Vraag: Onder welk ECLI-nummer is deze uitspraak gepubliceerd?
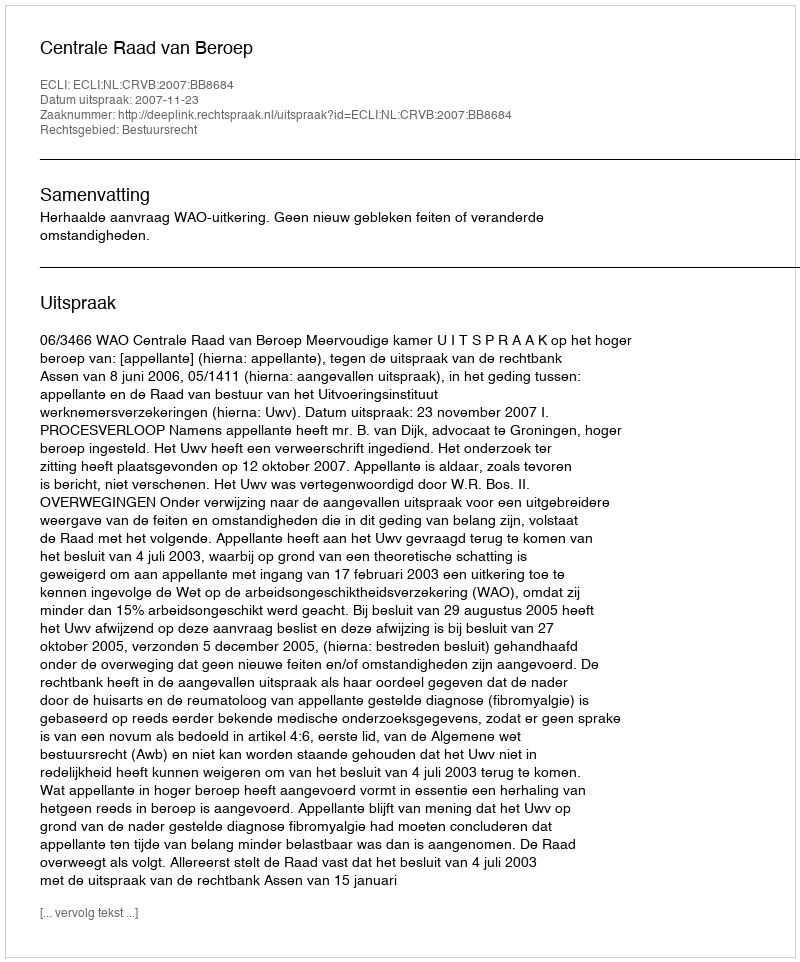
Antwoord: ECLI:NL:CRVB:2007:BB8684